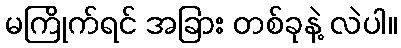
မကြိုက်ရင် အခြား တစ်ခုနဲ့ လဲပါ။